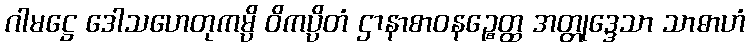
ဂါမဋ္ဌေ ဒေါသဟေတုကမ္ပိ ဝိကပ္ပိတံ ဌာနာစာဝနဉ္စေတ္ထ အတ္တုဒ္ဒေသာ သာဓာဟံ